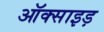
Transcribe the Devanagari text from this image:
ऑक्साइड़